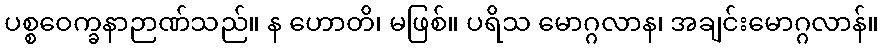
ပစ္စဝေက္ခနာဉာဏ်သည်။ န ဟောတိ၊ မဖြစ်။ ပရိသ မောဂ္ဂလာန၊ အချင်းမောဂ္ဂလာန်။